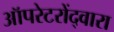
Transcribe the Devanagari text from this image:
ऑपरेटरोंद्वारा